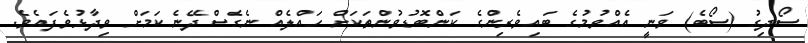
ސޯދިގު (ސޯބެ) ވަނީ އެއްވުމުގެ ބައިވެރިންގެ ކަންބޮޑުވުންތަކަށް ހައްލެއް ނެގެސްދޭނެ ކަމަށް ވިދާޅުވެފައެވެ.